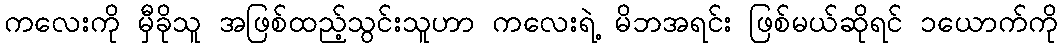
ကလေးကို မှီခိုသူ အဖြစ်ထည့်သွင်းသူဟာ ကလေးရဲ့ မိဘအရင်း ဖြစ်မယ်ဆိုရင် ၁ယောက်ကို